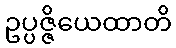
ဥပ္ပဇ္ဇိယေထာတိ